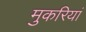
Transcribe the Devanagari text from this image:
मुकरियां